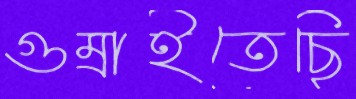
গুম্‌রাইতেছি